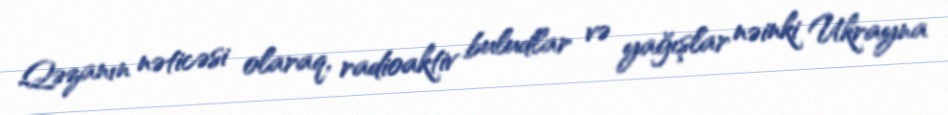
Qəzanın nəticəsi olaraq, radioaktiv buludlar və yağışlar nəinki Ukrayna